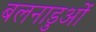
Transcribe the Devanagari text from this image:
बलनाडुओं